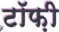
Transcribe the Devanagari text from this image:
टॉफ़ी